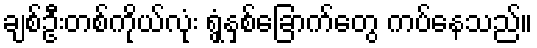
ချစ်ဦးတစ်ကိုယ်လုံး ရွှံ့နှစ်ခြောက်တွေ ကပ်နေသည်။